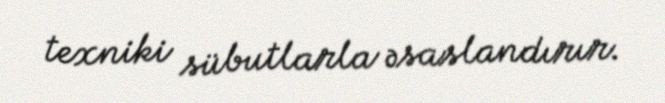
texniki sübutlarla əsaslandırır.